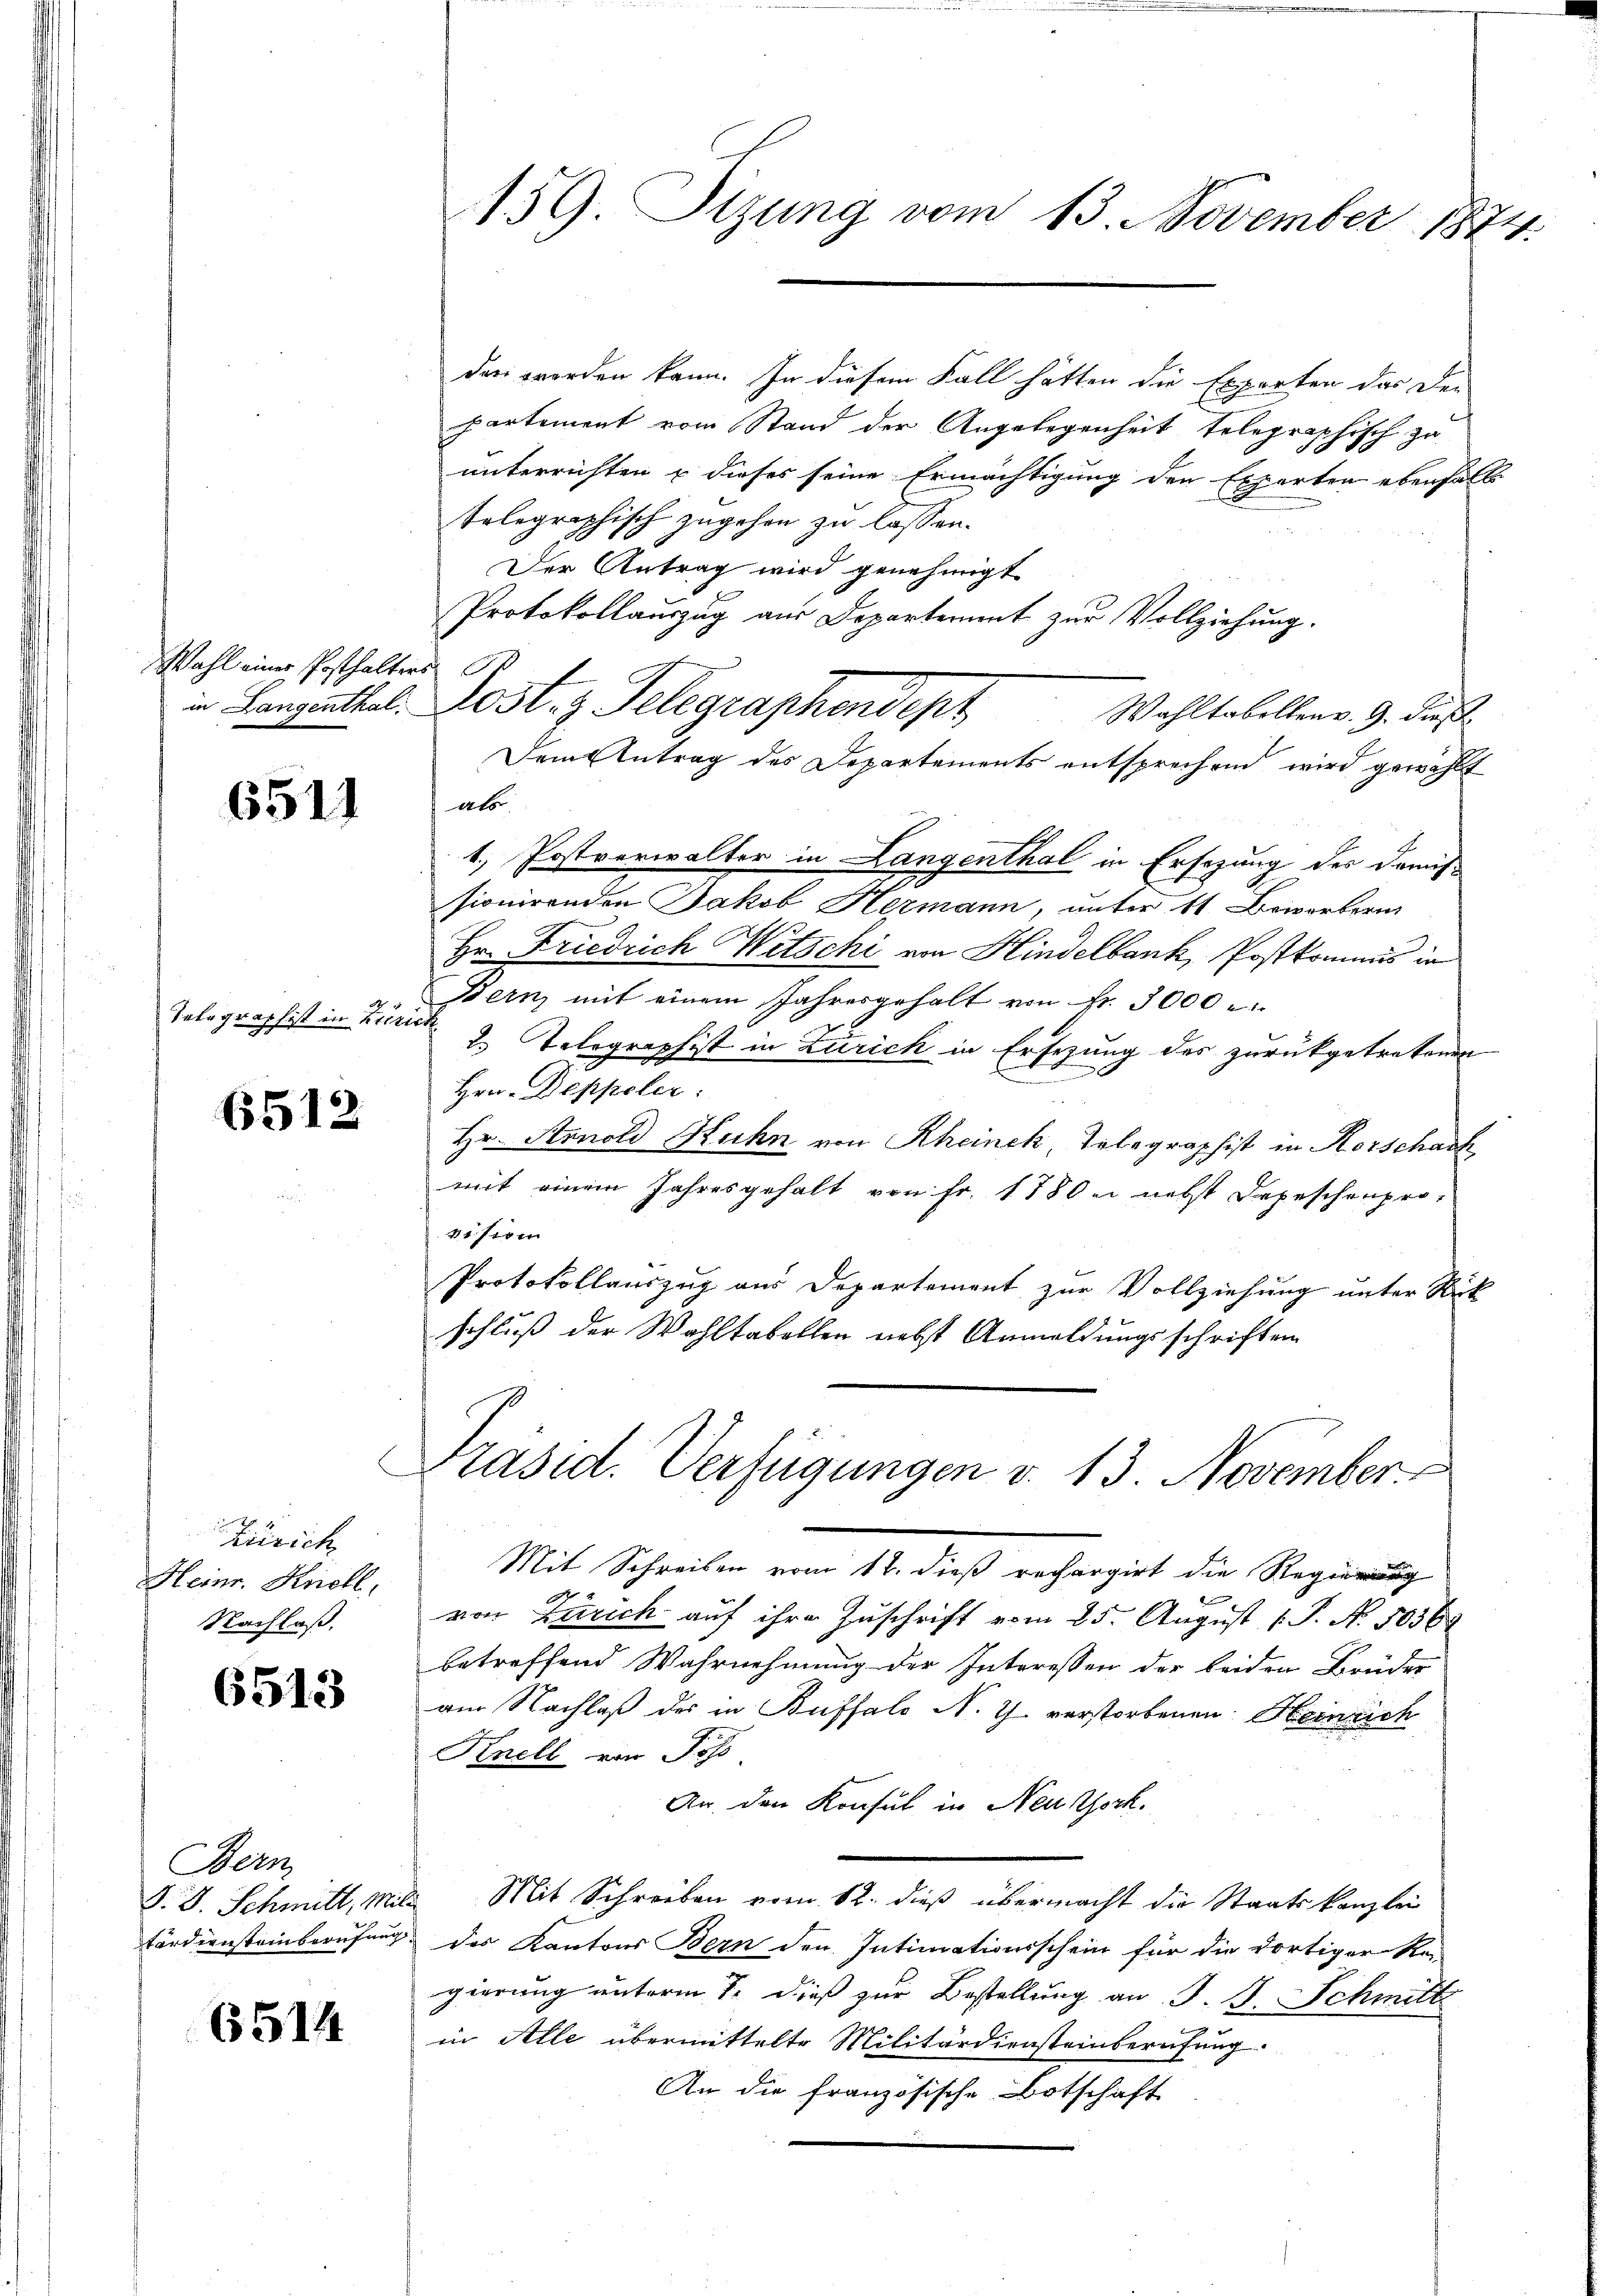
Wahl einer Posthalters

6511

Telegraphist in Zürich

6512

Zürich
Heinr. Knell,
Nachlaß.

6513

Bern,

6514

159. Sizung vom 13. November 1874.

den worden kann. In diesem Fall hätten die Experten das De-
partement vom Stand der Angelegenheit telegraphisch zu
unterrichten u dieses seine Ermächtigung den Experten ebenfalls
telegraphisch zugehen zu lassen.
Der Antrag wird genehmigt
Protokollauszug aus Departement zur Vollziehung.
in Langenthal. Lost. z Telegraphendept
Wahltobellen v. 9. dieß
Dem Antrag des Departements entsprechend wird gewählt
als
1) Postverwalter in Langenthal in Ersezung der Domis
sionirenden Jakob Hermann, unter 11. Beivorbern
Hr. Friedrich Witschi von Hindelbank, Postkommis in
stern, mit einem Jahresgehalt von Fr. 3000
2. Telegraphist in Zürich in Ersezung des zurückgetretenen
Hrn. Deppoler:
Hr. Stenold Ruhn von Rheinek, Telegraphist in Korschadh
mit einem Jahresgehalt von Fr. 1780 u. nebst Depeschenpro-
vision
Protokollauszug aus Departement zur Vollziehung unter Rück
schluß der Wahltabellen nebst Anmeldungsschriften
Präsid. Verfügungen v. 13. November
Mit Schreiben vom 12. dieß rechargirt die Regierung
1
von Zürich auf ihre Zuschrift vom 25. August [P. N. 1036
betreffend Wahrnehmung der Interessen der beiden Brüder
am Nachlaß des in Buffalo N. Z. verstorbenen Heinrich
Knell von Ross
An den Konsul in Neuork.
S. S. Schmitt, Mili Mit Schreiben vom 12. dieß übermacht die Staatskanzlei
tärdiensteinberufung des Kantons Bern den Intimationsschein für die dortiger Re-
gierung unterm 7. dieß zur Bestellung an J. J. Schmitt
in Alle übermittelte Militärdiensteinberufung.
An die französische Botschaft